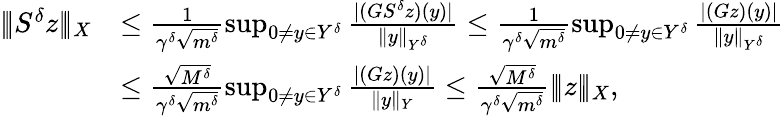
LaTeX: \begin{array}{rl}{|\! |\! |S^{\delta}z|\! |\! |_{X}}&{\leq\frac{1}{\gamma^{\delta}\sqrt{m^{\delta}}}\operatorname*{sup}_{0\neq y\in Y^{\delta}}\frac{|(GS^{\delta}z)(y)|}{\| y\| _{Y^{\delta}}}\leq\frac{1}{\gamma^{\delta}\sqrt{m^{\delta}}}\operatorname*{sup}_{0\neq y\in Y^{\delta}}\frac{|(Gz)(y)|}{\| y\| _{Y^{\delta}}}}\\ &{\leq\frac{\sqrt{M^{\delta}}}{\gamma^{\delta}\sqrt{m^{\delta}}}\operatorname*{sup}_{0\neq y\in Y^{\delta}}\frac{|(Gz)(y)|}{\| y\| _{Y}}\leq\frac{\sqrt{M^{\delta}}}{\gamma^{\delta}\sqrt{m^{\delta}}}|\! |\! |z|\! |\! |_{X},}\end{array}